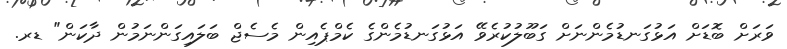
ވަރަށް ބޮޑަށް އަޅުގަނޑުމެންނަށް ގަބޫލުކުރެވޭ އަޅުގަނޑުމެންގެ ކެމްޕެއިން މެސެޖް ބަލައިގަންނަމުން ދާކަން" ޑރ.